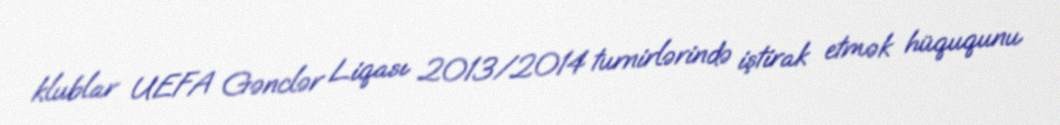
klublar UEFA Gənclər Liqası 2013/2014 turnirlərində iştirak etmək hüququnu